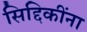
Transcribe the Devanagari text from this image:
सिद्दिकींना